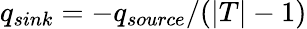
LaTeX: q_{sink}=-q_{source}/(|T|-1)